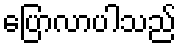
ပြောလာပါသည်